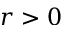
r > 0